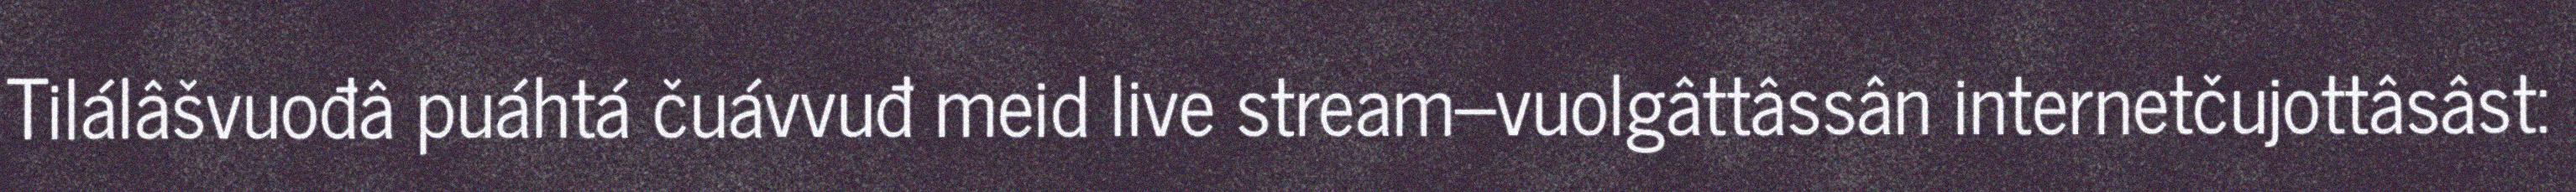
Tilálâšvuođâ puáhtá čuávvuđ meid live stream–vuolgâttâssân internetčujottâsâst: